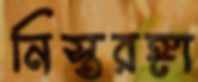
নিস্তরঙ্গা